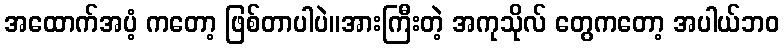
အထောက်အပံ့ ကတော့ ဖြစ်တာပါပဲ။အားကြီးတဲ့ အကုသိုလ် တွေကတော့ အပါယ်ဘဝ